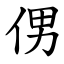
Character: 侽